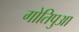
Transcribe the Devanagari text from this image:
गोतिपुआ